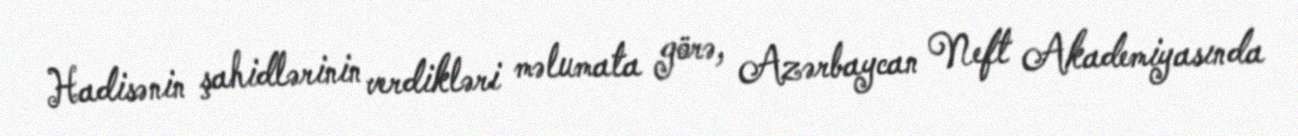
Hadisənin şahidlərinin verdikləri məlumata görə, Azərbaycan Neft Akademiyasında